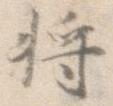
将